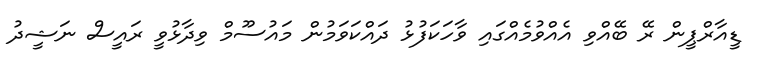
ޑީއާރްޕީން ރޭ ބޭއްވި އެއްވުމެއްގައި ވާހަކަފުޅު ދައްކަވަމުން މައުސޫމް ވިދާޅުވީ ރައީސް ނަޝީދު